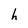
Character: h